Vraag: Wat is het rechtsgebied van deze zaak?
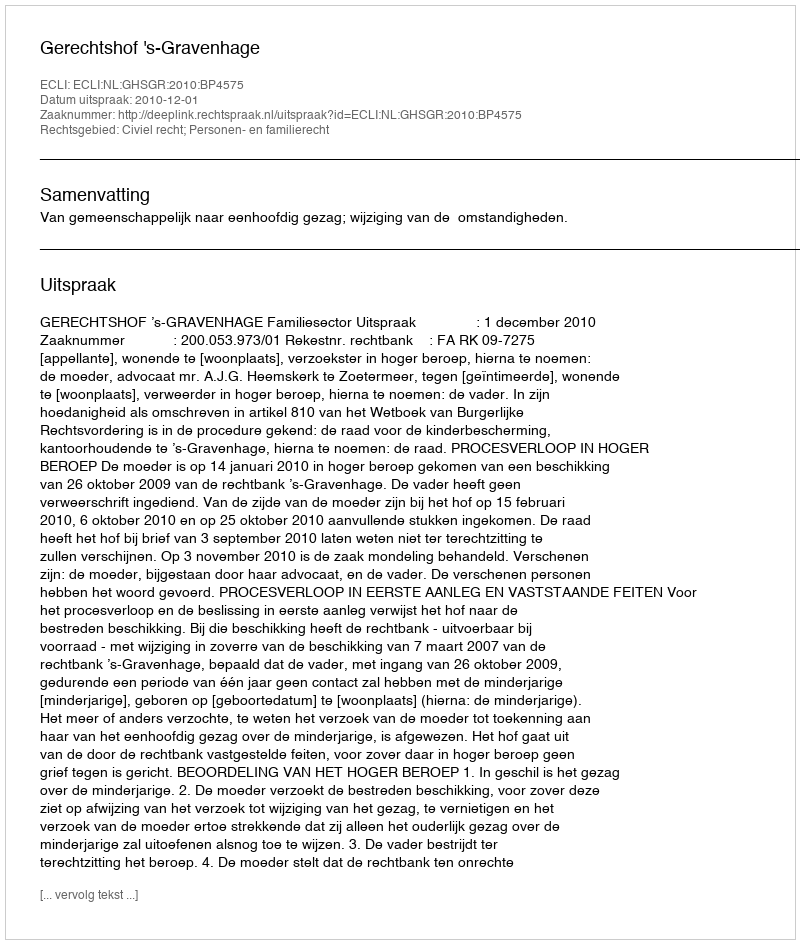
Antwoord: Civiel recht; Personen- en familierecht